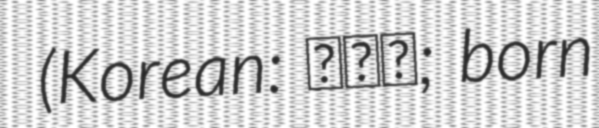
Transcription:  (Korean: 황교충; born